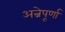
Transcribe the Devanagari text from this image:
अन्नेपूर्णा